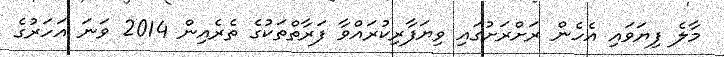
މާލެ ފިޔަވައި އެހެން ރަށްރަށުގައި ވިޔަފާރިކުރައްވާ ފަރާތްތަކުގެ ތެރެއިން 2014 ވަނަ އަހަރުގެ